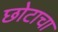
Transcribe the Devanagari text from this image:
छोटाचा